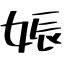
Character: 娠